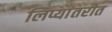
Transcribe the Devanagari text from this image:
लिप्यांतरीत